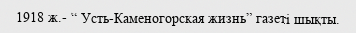
1918 ж.- “ Усть-Каменогорская жизнь” газеті шықты.